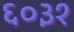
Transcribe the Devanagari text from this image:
६०३१